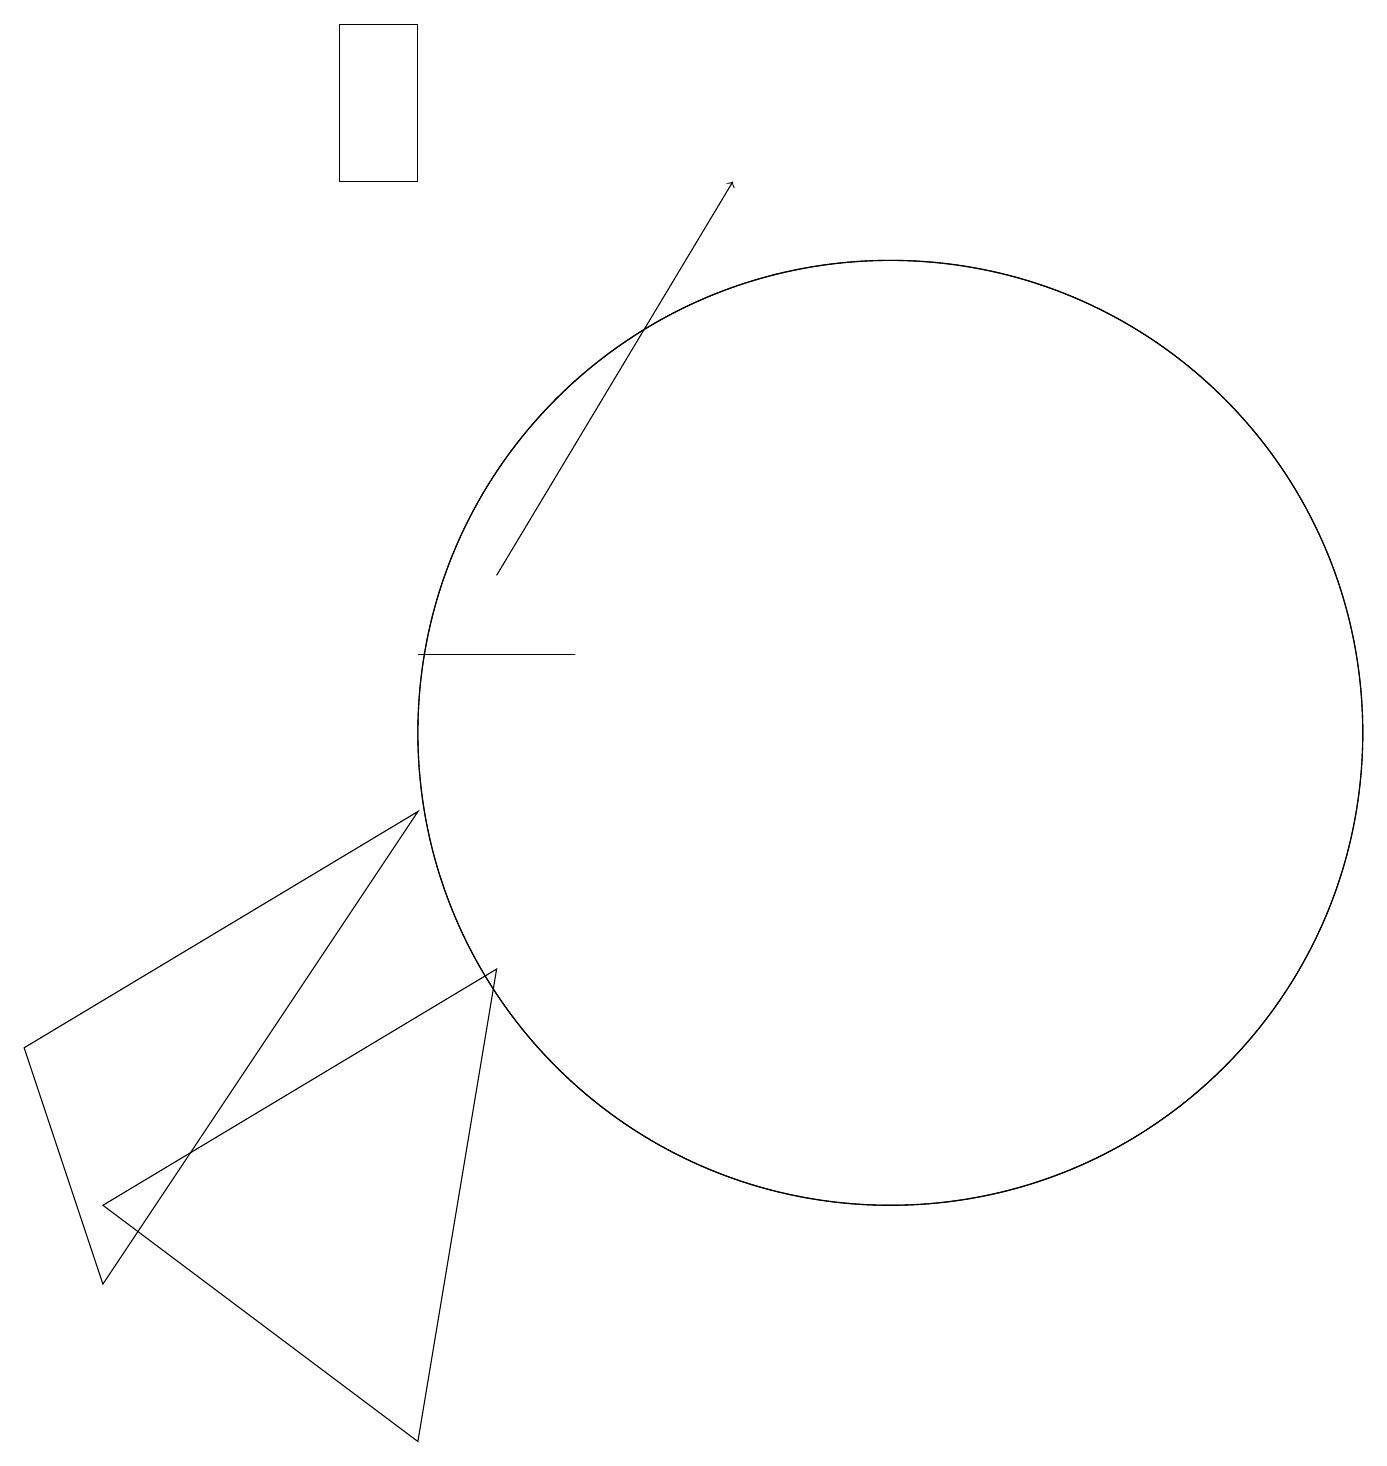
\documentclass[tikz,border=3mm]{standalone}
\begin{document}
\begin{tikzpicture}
\draw (4,17) rectangle (5,19);
\draw (11,10) circle (6);
\draw[->] (6,12) -- (9,17);
\draw (0,6) -- (5,9) -- (1,3) -- cycle;
\draw (1,4) -- (6,7) -- (5,1) -- cycle;
\draw (7,11) rectangle (5,11);
\draw (11,10) circle (6);
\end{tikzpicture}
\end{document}